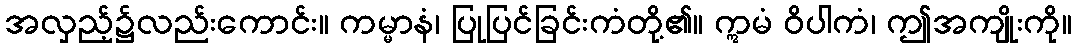
အလှည့်၌လည်းကောင်း။ ကမ္မာနံ၊ ပြုပြင်ခြင်းကံတို့၏။ ဣမံ ဝိပါကံ၊ ဤအကျိုးကို။